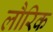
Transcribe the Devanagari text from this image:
लौरिक